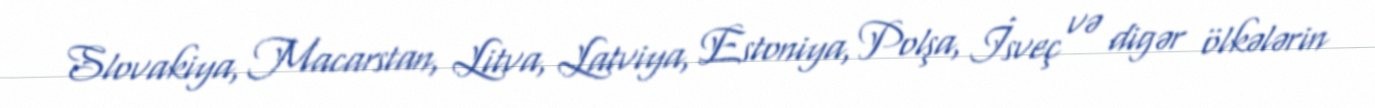
Slovakiya, Macarstan, Litva, Latviya, Estoniya, Polşa, İsveç və digər ölkələrin